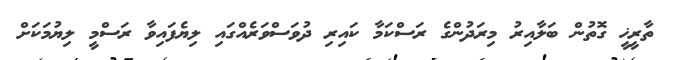
ތާރީޚީ ގޮތުން ބަލާއިރު މިރަދުންގެ ރަސްކަމާ ކައިރި ދުވަސްވަރެއްގައި ލިޔެފައިވާ ރަސްމީ ލިޔުމަކަށް